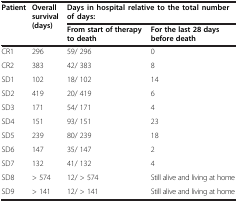
<table><thead><tr><td rowspan="2"><b>Patient</b></td><td rowspan="2"><b>Overall survival (days)</b></td><td colspan="2"><b>Days in hospital relative to the total number of days:</b></td></tr><tr><td><b>From start of therapy to death</b></td><td><b>For the last 28 days before death</b></td></tr></thead><tbody><tr><td>CR1</td><td>296</td><td>59/ 296</td><td>0</td></tr><tr><td>CR2</td><td>383</td><td>42/ 383</td><td>8</td></tr><tr><td>SD1</td><td>102</td><td>18/ 102</td><td>14</td></tr><tr><td>SD2</td><td>419</td><td>20/ 419</td><td>6</td></tr><tr><td>SD3</td><td>171</td><td>54/ 171</td><td>4</td></tr><tr><td>SD4</td><td>151</td><td>93/ 151</td><td>23</td></tr><tr><td>SD5</td><td>239</td><td>80/ 239</td><td>18</td></tr><tr><td>SD6</td><td>147</td><td>35/ 147</td><td>2</td></tr><tr><td>SD7</td><td>132</td><td>41/ 132</td><td>4</td></tr><tr><td>SD8</td><td>&gt; 574</td><td>12/ &gt; 574</td><td>Still alive and living at home</td></tr><tr><td>SD9</td><td>&gt; 141</td><td>12/ &gt; 141</td><td>Still alive and living at home</td></tr></tbody></table>